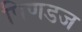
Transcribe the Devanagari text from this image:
पिणडज